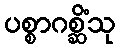
ပစ္စာဂစ္ဆိံသု